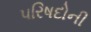
પરિષદોની